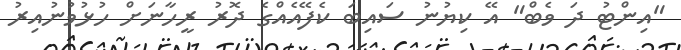
"އިންޓު ދަ ވެބް" އޭ ކިޔުނު ސައިބަ ކެފޭއެއްގެ ދޮރު ރީހާނަށް ހުޅުވުނުއިރު